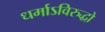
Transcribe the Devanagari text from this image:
धर्माऽविरुद्धो